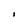
Character: I